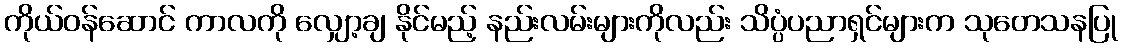
ကိုယ်ဝန်ဆောင် ကာလကို လျှော့ချ နိုင်မည့် နည်းလမ်းများကိုလည်း သိပ္ပံပညာရှင်များက သုတေသနပြု